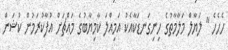
ހެހެހެ " ލަޔާލް މަލާމާތުގެ ހިނިގަނޑަކާއެކު އަމިއްލަ ކާމިޔާބުގެ މައްޗަށް އުފާކުރަމުން ކުޝަން